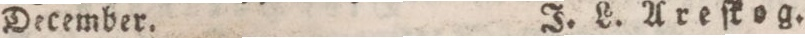
December.    J. L. Areſkog.